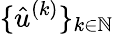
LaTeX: \{ \hat{u}^{(k)}\} _{k\in\mathbb{N}}